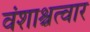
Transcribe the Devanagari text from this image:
वंशाश्चत्वार